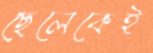
ছেলেকেই